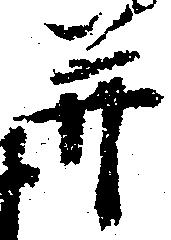
并